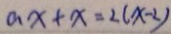
a x + x = 2 ( x - 2 )